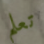
تعلم